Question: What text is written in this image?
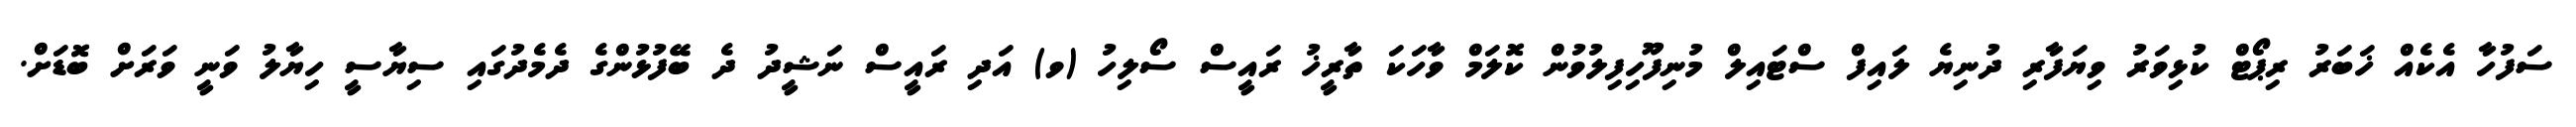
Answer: ސަފުހާ އެކެއް ޚަބަރު ރިޕޯޓް ކުޅިވަރު ވިޔަފާރި ދުނިޔެ ލައިފް ސްޓައިލް މުނިފޫހިފިލުވުން ކޮލަމް ވާހަކަ ތާރީޚު ރައީސް ސޯލިހު (ވ) އަދި ރައީސް ނަޝީދު ދެ ބޭފުޅުންގެ ދެމެދުގައި ސިޔާސީ ހިޔާލު ވަނީ ވަރަށް ބޮޑަށް.